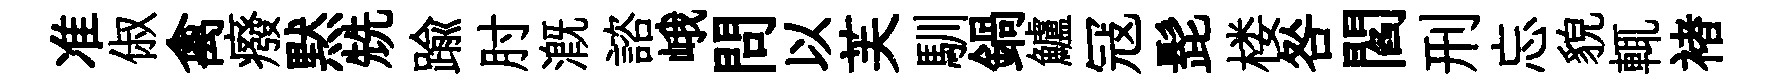
准俶禽癈黙兟踰肘溉諮峨問以芙馴鍋鱸冦髭楼咎閻刑忘貌輒褚